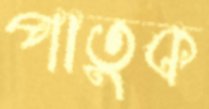
পাতুক